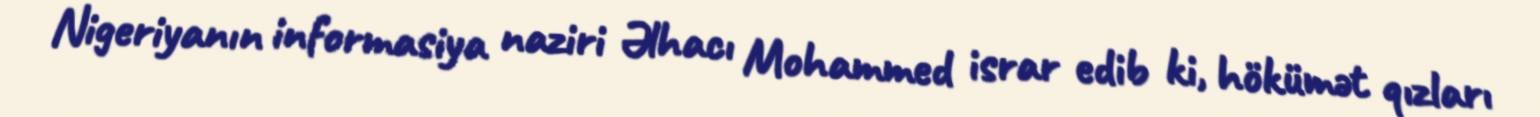
Nigeriyanın informasiya naziri Əlhacı Mohammed israr edib ki, hökümət qızları